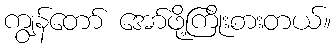
ကျွန်တော် အော်ဖို့ကြိုးစားတယ်။